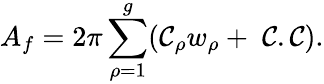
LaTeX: A_{f}=2\pi\sum_{\rho=1}^{g}(\mathcal{C}_{\rho}w_{\rho}+\; \mathcal{C}.\mathcal{C}).